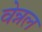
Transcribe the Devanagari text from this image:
वेन्नल